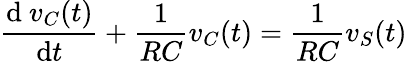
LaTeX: {\frac{\mathrm{d}\ v_{C}(t)}{\mathrm{d}t}}+{\frac{1}{RC}}v_{C}(t)={\frac{1}{RC}}v_{S}(t)